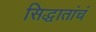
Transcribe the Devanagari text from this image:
सिद्धातांचं